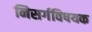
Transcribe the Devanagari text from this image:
निसर्गविषयक